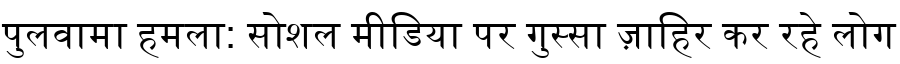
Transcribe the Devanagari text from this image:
पुलवामा हमला: सोशल मीडिया पर गुस्सा ज़ाहिर कर रहे लोग